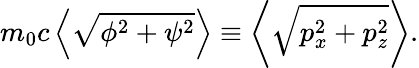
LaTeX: m_{0}c\left\langle\sqrt{\phi^{2}+\psi^{2}}\right\rangle\equiv\left\langle\sqrt{p_{x}^{2}+p_{z}^{2}}\right\rangle.